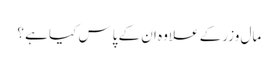
مال وزر کے علاوہ ان کے پاس کیا ہے ؟